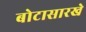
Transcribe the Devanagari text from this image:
बोटासारखे